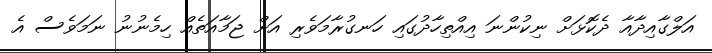
އަލްގާއިދާއާ ދެކޮޅަށް ނިކުންނަ އިއްތިހާދުގައި ހަނގުރާމަވެރި އަށް ޖަމާއަތެއް ހިމެނުނު ނަމަވެސް އެ